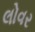
લોવર